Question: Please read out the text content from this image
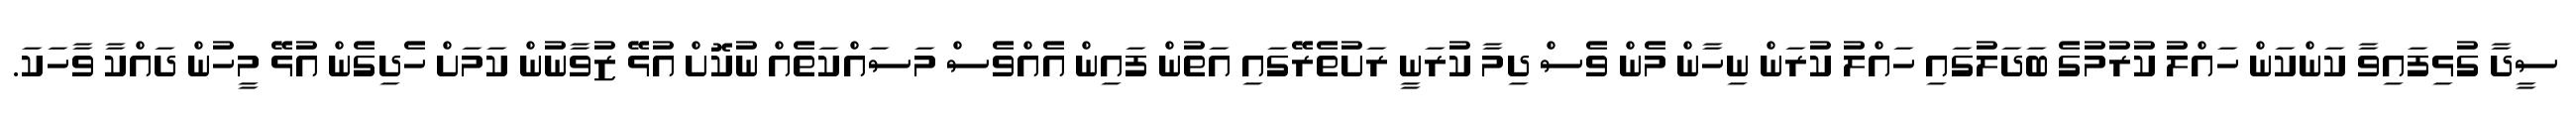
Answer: ސީދާ ގުޅިފައިވާ ކަންކަން ހައްލު ކުރުމުގެ ބަދަލުގައި ހައްލު ކުރަން ނިހާން މެން ވެސް ދިމާ ކުރަނީ ރަށުތެރޭގައި އަތުން ފައިން އެއްވެސް މަސައްކަތެއް ނުކޮށް އުޅޭ ޒުވާނުން ކަމަށް ހެދިގެން އުޅޭ މީހުން ދައްކާ ވާހަކަ.